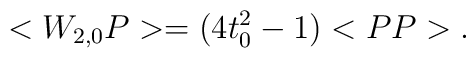
<W_{2,0}P>=(4t_{0}^{2} -1) <PP> .